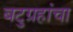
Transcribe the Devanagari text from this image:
बटुग्रहांचा